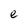
Character: e